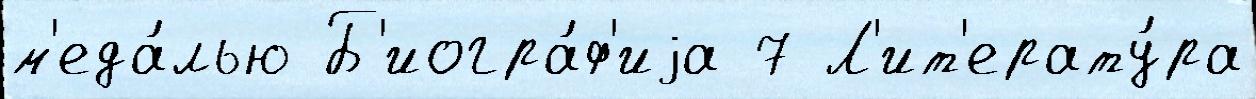
м'еда́лью Б'иогра́ф'иjа 7 Л'ит'ерату́ра